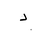
Letter: _dal